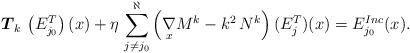
\begin{align*}\boldsymbol{T}_{k} \, \left( E_{j_{0}}^{T} \right)(x) + \eta \, \sum_{j \neq j_{0}}^{\aleph} \left( \underset{x}{\nabla}M^{k} - k^{2} \, N^{k} \right) (E_{j}^{T})(x) = E^{Inc}_{j_{0}}(x). \end{align*}